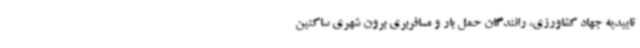
تاییدیه جهاد کشاورزی، رانندگان حمل بار و مسافربری برون شهری ساکنین